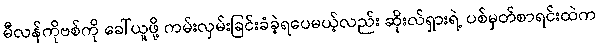
မီလန်ကိုဗစ်ကို ခေါ်ယူဖို့ ကမ်းလှမ်းခြင်းခံခဲ့ရပေမယ့်လည်း ဆိုးလ်ရှားရဲ့ ပစ်မှတ်စာရင်းထဲက